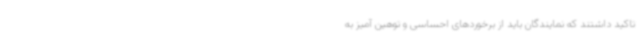
تاکید داشتند که نمایندگان باید از برخوردهای احساسی و توهین آمیز به